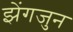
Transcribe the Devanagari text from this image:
झेंगजुन